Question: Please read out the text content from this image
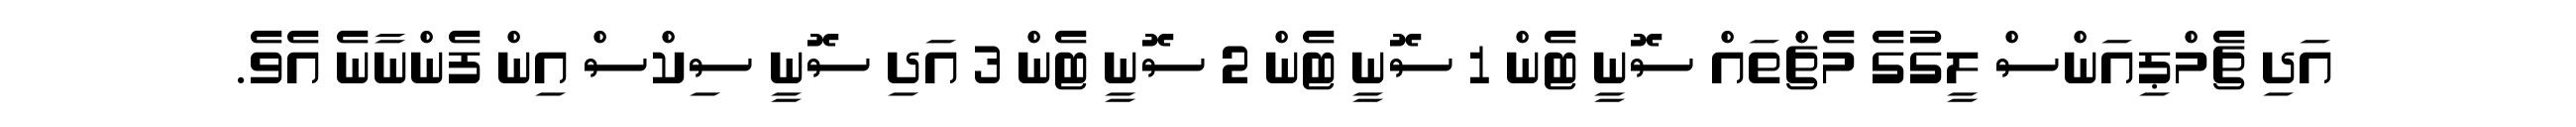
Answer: އަދި ޗެމްޕިއަންސް ލީގުގެ މެޗްތައް ސޮނީ ޓެން 1 ސޮނީ ޓެން 2 ސޮނީ ޓެން 3 އަދި ސޮނީ ސިކްސް އިން ފެންނާނެ އެވެ.